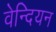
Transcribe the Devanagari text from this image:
वेन्दियन